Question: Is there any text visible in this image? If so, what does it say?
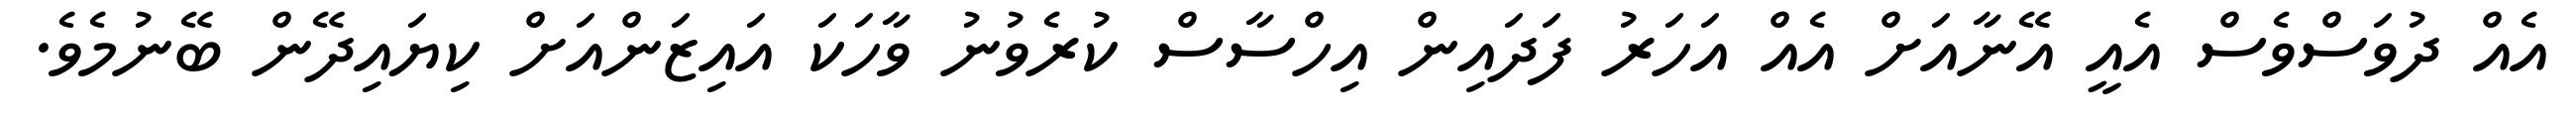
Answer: އެއް ދުވަސްވެސް އެއީ އޭނާއަށް އެއް އަހަރު ފަދައިން އިހްސާސް ކުރެވުނު ވާހަކަ އައިޒަންއަށް ކިޔައިދޭން ބޭނުމެވެ.